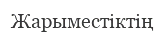
Жарыместіктің